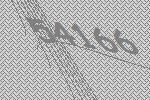
54166